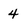
Character: 4